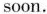
soon.